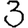
Digit: 3